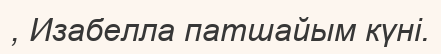
, Изабелла патшайым күні.